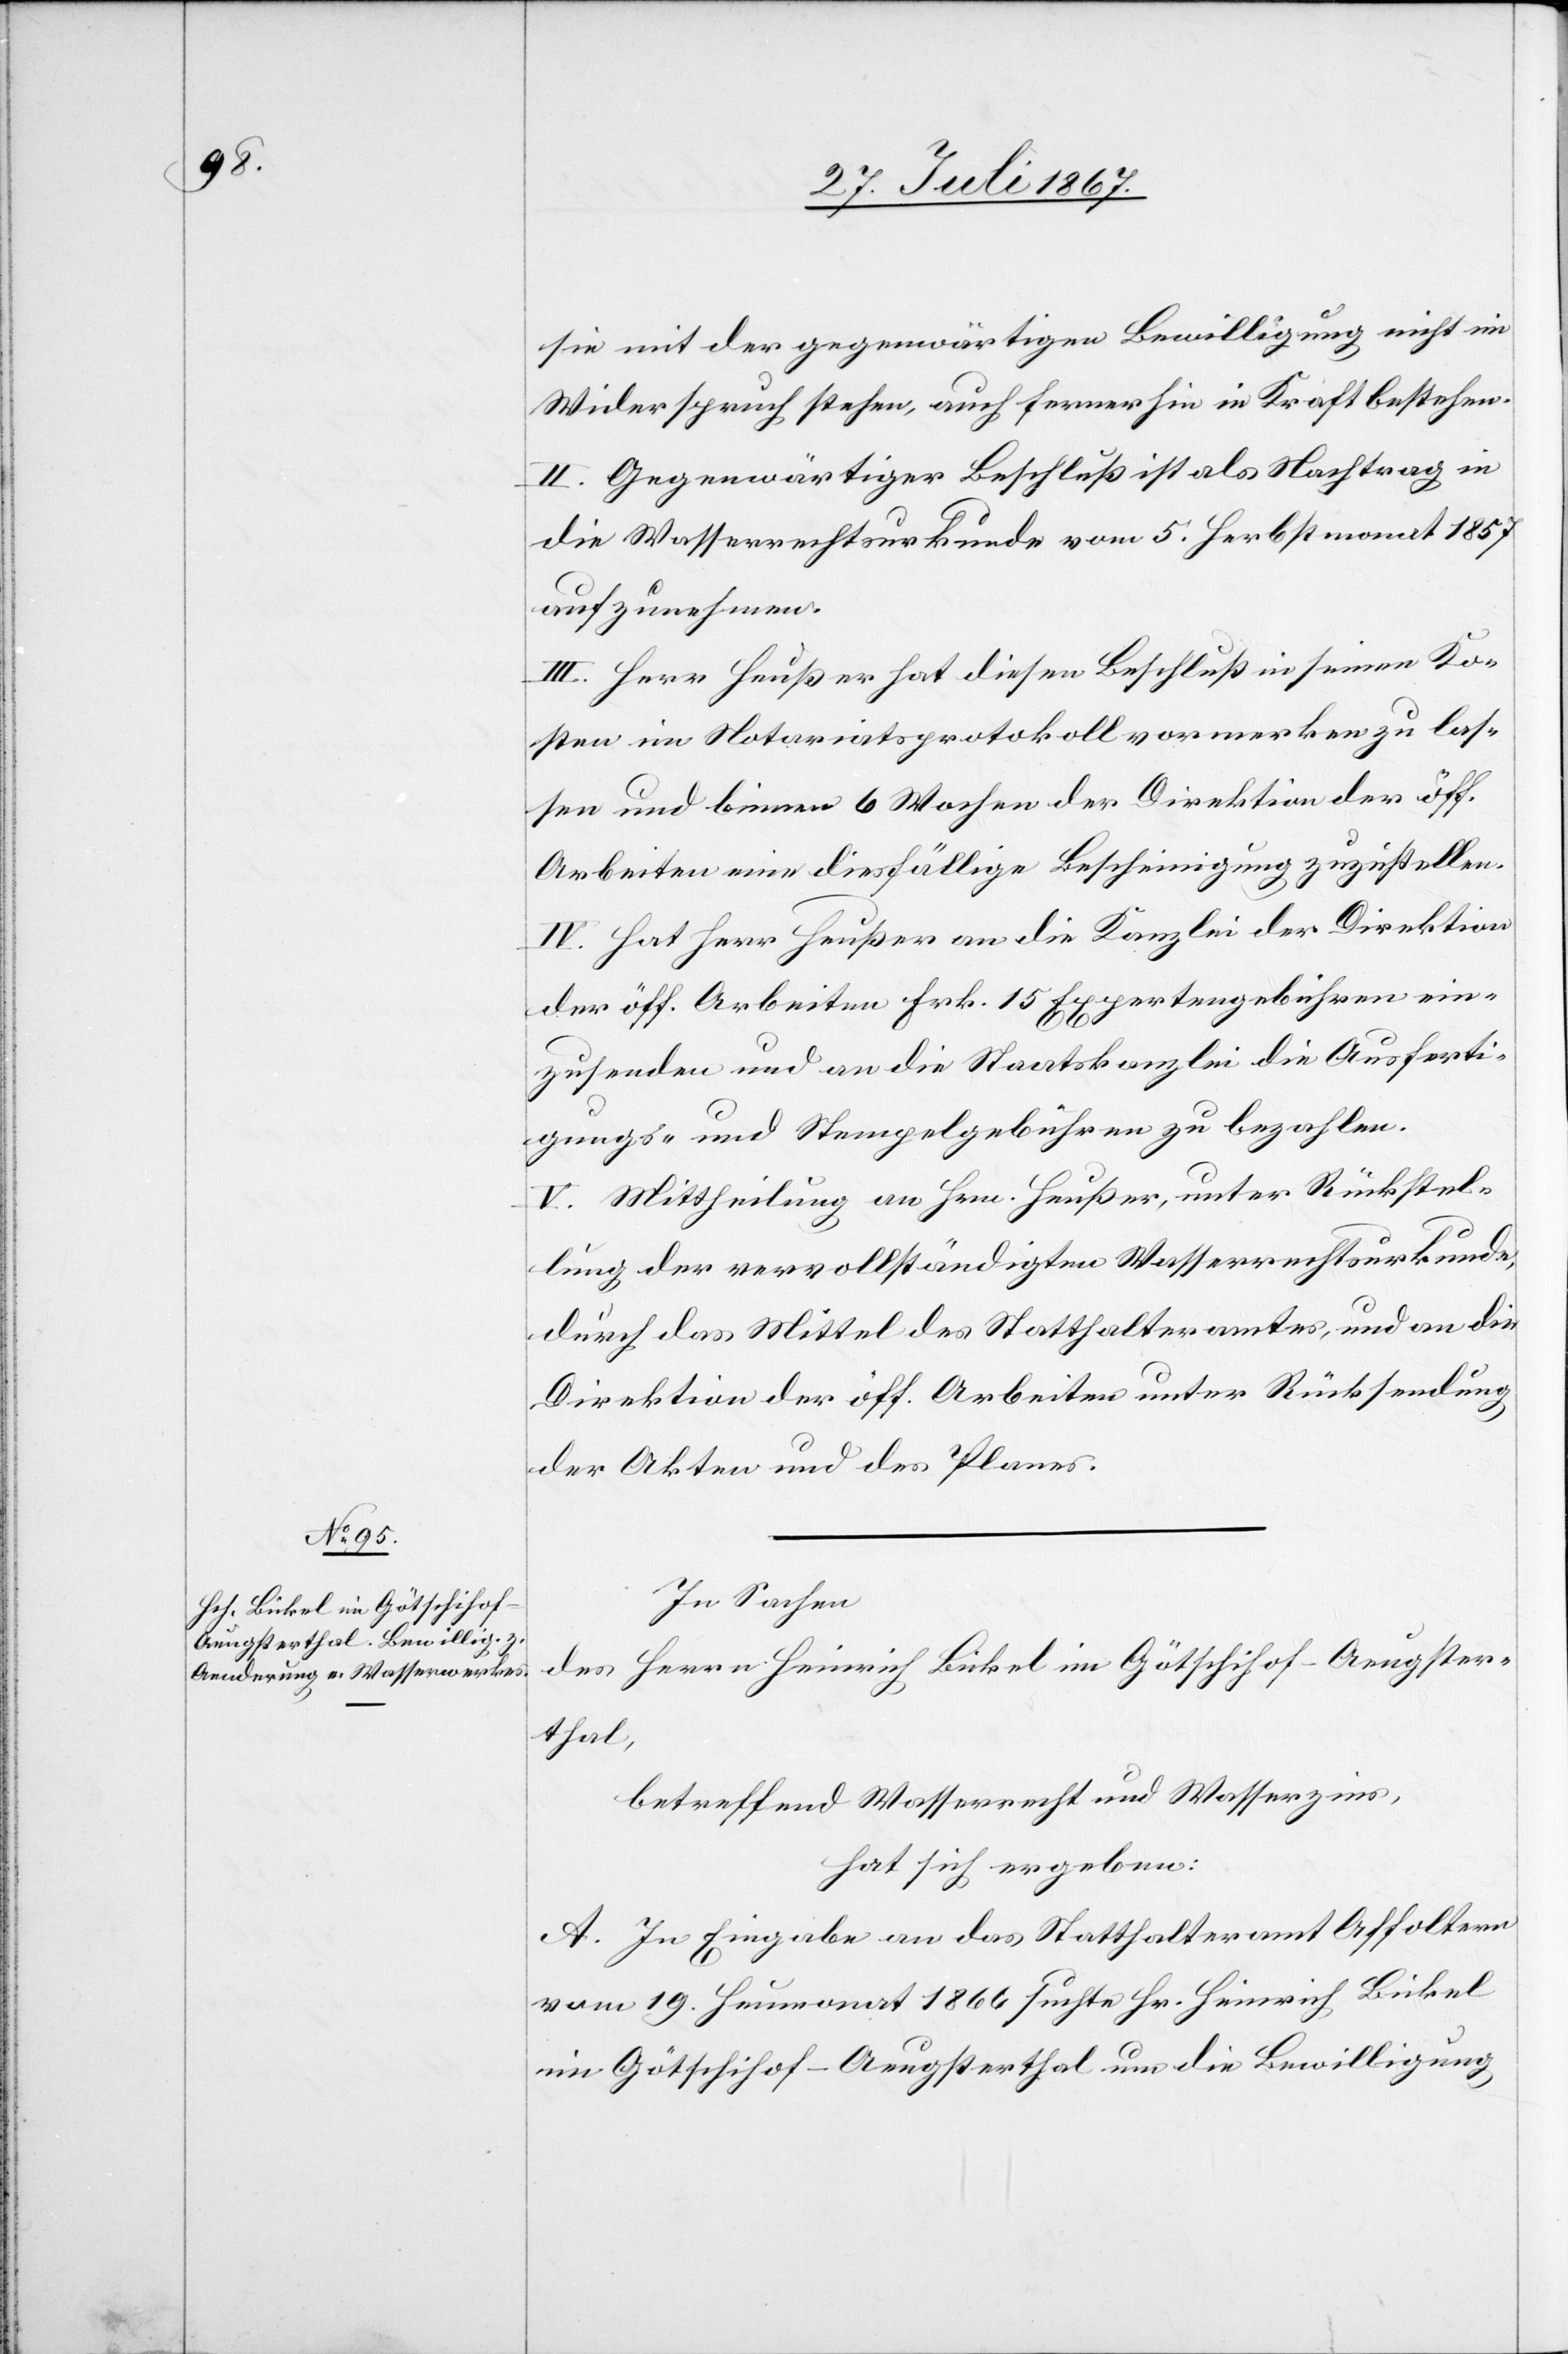
sie mit der gegenwärtigen Bewilligung nicht im
Widerspruch stehen, auch fernerhin in Kraft bestehen.
II. Gegenwärtiger Beschluß ist als Nachtrag in
die Wasserrechtsurkunde vom 5. Herbstmonat 1857
aufzunehmen.
III. Herr Heußer hat dieser Beschluß in seinen Ko¬
sten im Notariatsprotokoll vormerken zu las¬
sen und binnen 6 Wochen der Direktion der öff.
Arbeiten eine diesfällige Bescheinigung zuzustellen.
IV. Hat Herr Heußer an die Kanzlei der Direktion
der öff. Arbeiten Frk. 15 Expertengebühren ein¬
zusenden und an die Staatskanzlei die Ausferti¬
gungs- und Stempelgebühren zu bezahlen.
V. Mittheilung an Hrn. Heußer, unter Rückstel¬
lung der vervollständigten Wasserrechtsurkunde
durch das Mittel des Statthalteramtes, und an die
Direktion der öff. Arbeiten unter Rücksendung
der Akten und des Planes.
In Sachen
des Herrn Heinrich Bickel im Götschihof-Aeugster¬
thal,
betreffend Wasserrecht und Wasserzins,
hat sich ergeben:
A. In Eingabe an das Statthalteramt Affoltern
vom 19. Heumonat 1866 suchte Hr. Heinrich Bickel
im Götschihof-Aeugsterthal um die Bewilligung